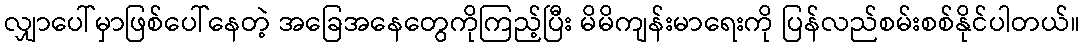
လျှာပေါ်မှာဖြစ်ပေါ်နေတဲ့ အခြေအနေတွေကိုကြည့်ပြီး မိမိကျန်းမာရေးကို ပြန်လည်စမ်းစစ်နိုင်ပါတယ်။